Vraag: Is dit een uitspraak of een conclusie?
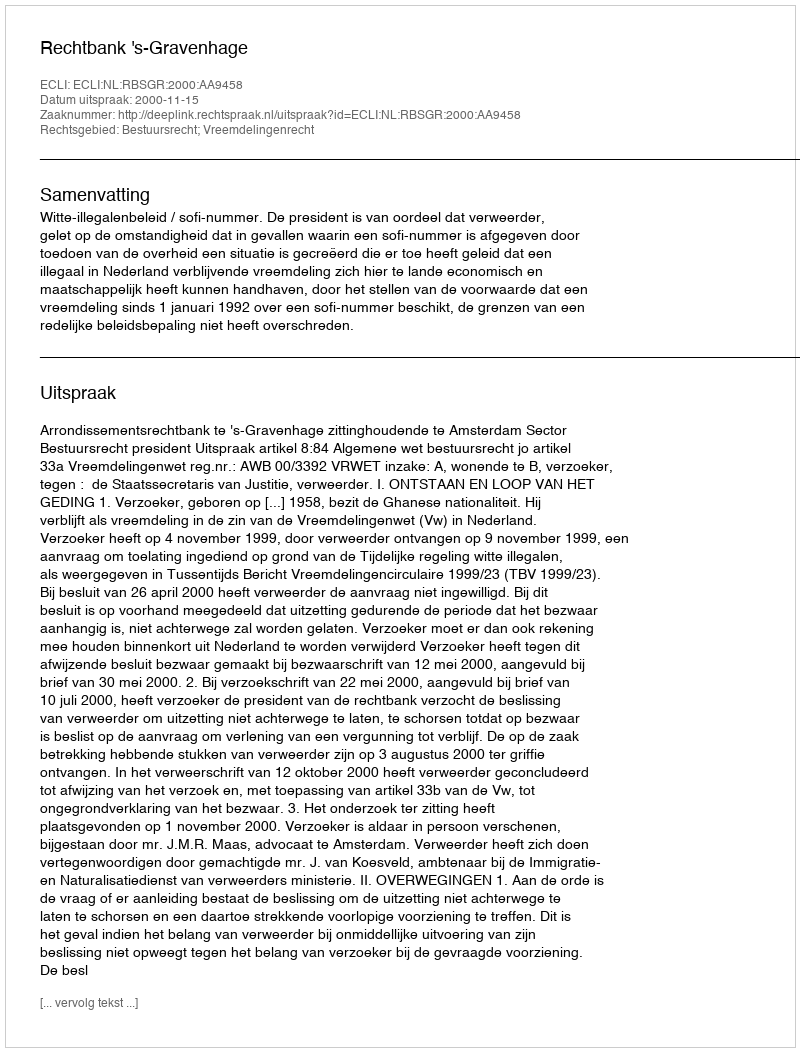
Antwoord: Uitspraak